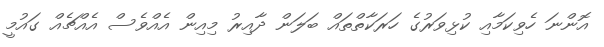
އޮންނަ ހެވިކަމާއި ކުޅިވަރުގެ ހަރަކާތްތައް ބަލަން ދާއިރު މިއިން އެއްވެސް އެއްޗެއް ގައުމީ